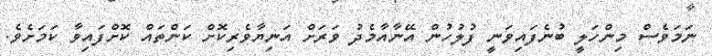
ނަމަވެސް މިންހަލީ ބުނެފައިވަނީ ފުލުހުން އޭނާއާމެދު ވަރަށް އަނިޔާވެރިކޮށް ކަންތައް ކޮށްފައިވާ ކަމަށެވެ.